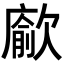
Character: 𭭖